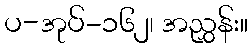
ပ-အုပ်-၁၆၂၊ အညွှန်း။